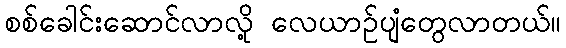
စစ်ခေါင်းဆောင်လာလို့ လေယာဉ်ပျံတွေလာတယ်။